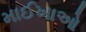
માઈખાઓ